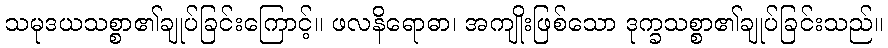
သမုဒယသစ္စာ၏ချုပ်ခြင်းကြောင့်။ ဖလနိရောဓာ၊ အကျိုးဖြစ်သော ဒုက္ခသစ္စာ၏ချုပ်ခြင်းသည်။